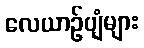
လေယာဉ်ပျံများ